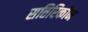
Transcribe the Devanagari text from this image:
सतिरिकोन